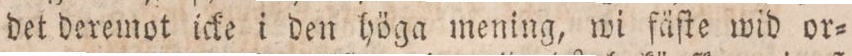
det deremot icke i den höga mening, wi fäſte wid or-